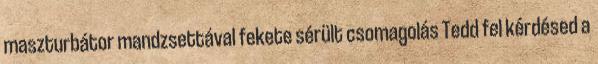
maszturbátor mandzsettával fekete sérült csomagolás Tedd fel kérdésed a